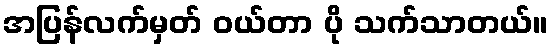
အပြန်လက်မှတ် ဝယ်တာ ပို သက်သာတယ်။